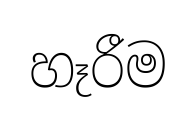
හෑරීම